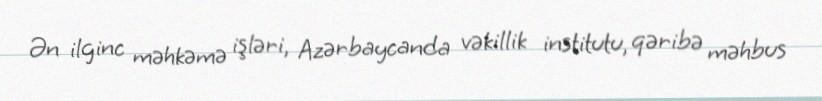
Ən ilginc məhkəmə işləri, Azərbaycanda vəkillik institutu, qəribə məhbus